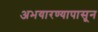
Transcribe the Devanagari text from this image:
अभयारण्यापासून